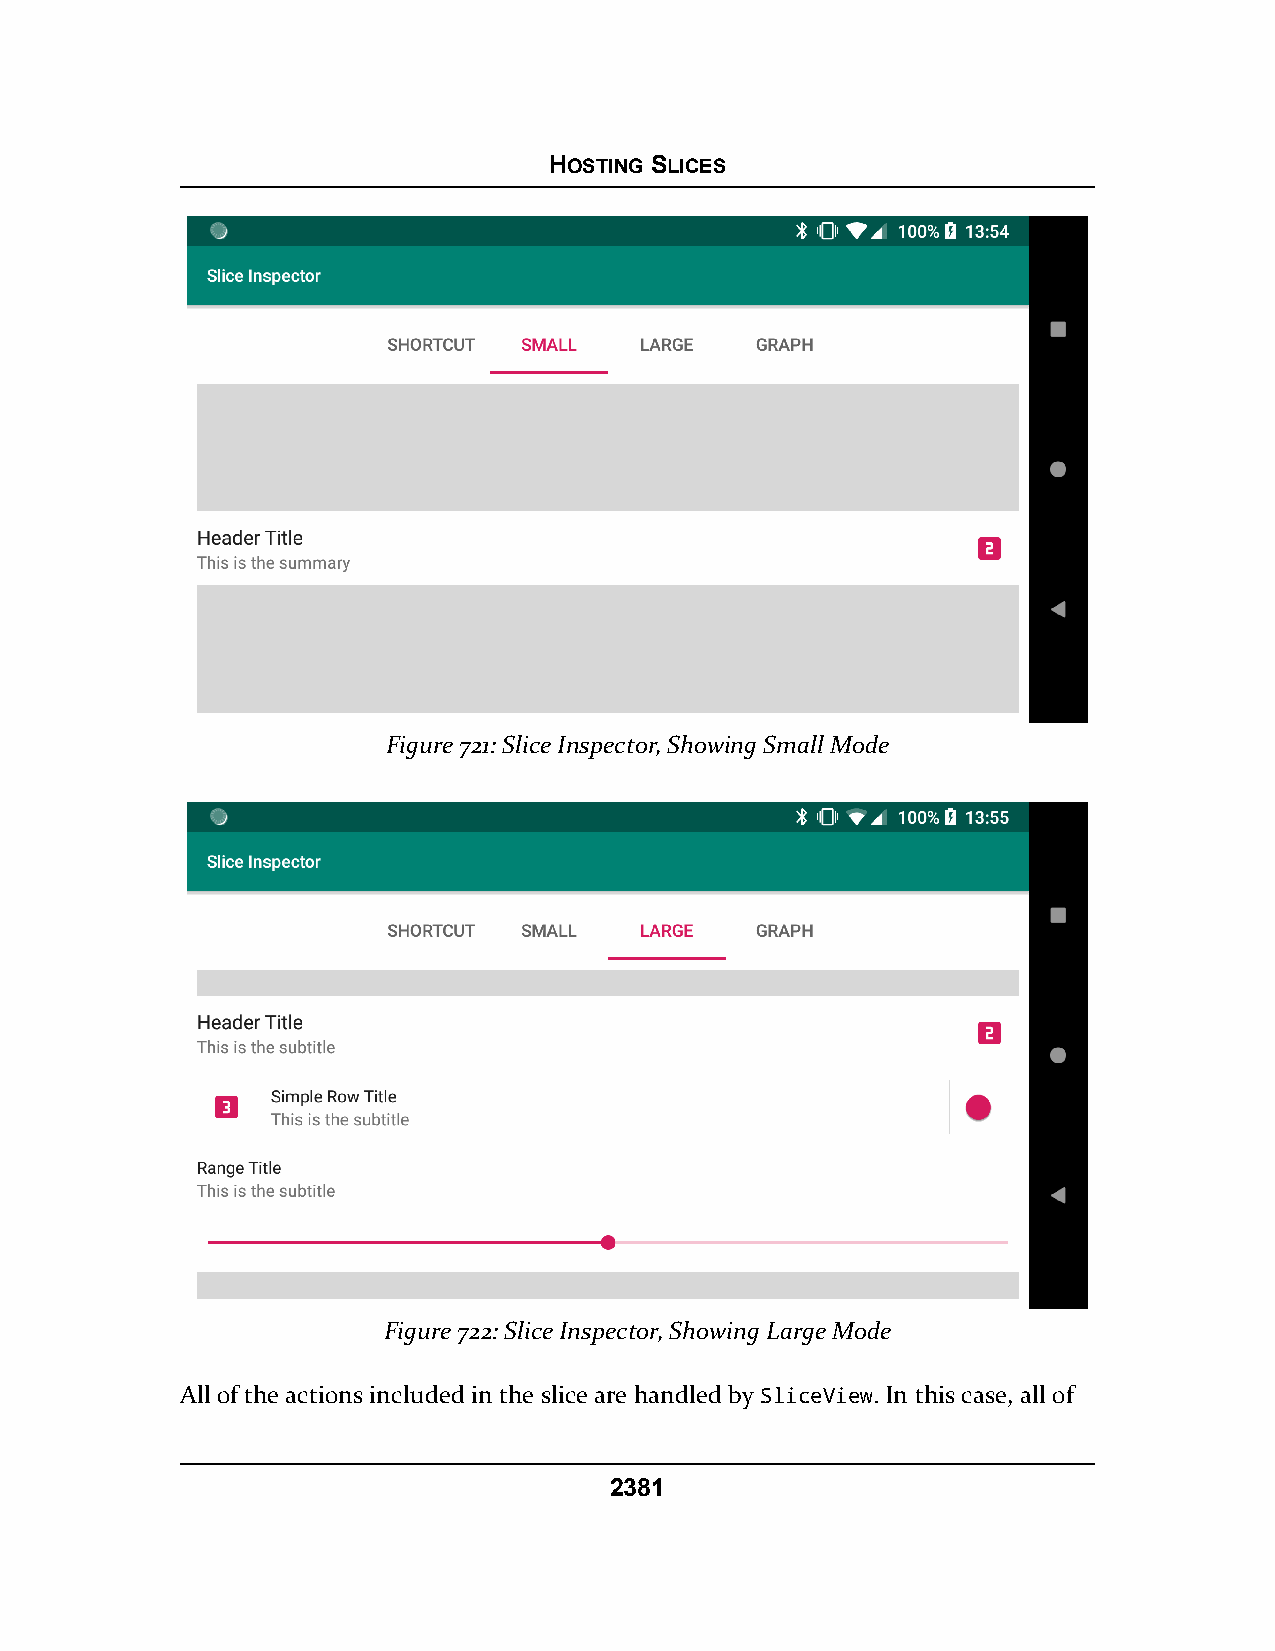
HOSTING SLICES
 Figure 721: Slice Inspector, Showing Small Mode
 Figure 722: Slice Inspector, Showing Large Mode
 All of the actions included in the slice are handled by SliceView. In this case, all of
 2381